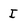
Character: I